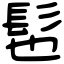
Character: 髢